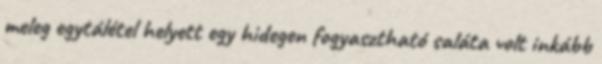
meleg egytálétel helyett egy hidegen fogyasztható saláta volt inkább